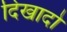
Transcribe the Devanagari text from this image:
दिखादो